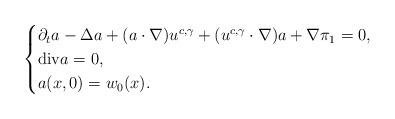
LaTeX: \begin{align*}\begin{cases}\partial_{t}a-\Delta a+(a\cdot\nabla)u^{c,\gamma}+(u^{c,\gamma}\cdot\nabla)a+\nabla\pi_{1}=0,\\\mathrm{div}a=0,\\a(x,0)=w_{0}(x).\end{cases}\end{align*}